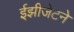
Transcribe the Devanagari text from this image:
ईझीजेटने